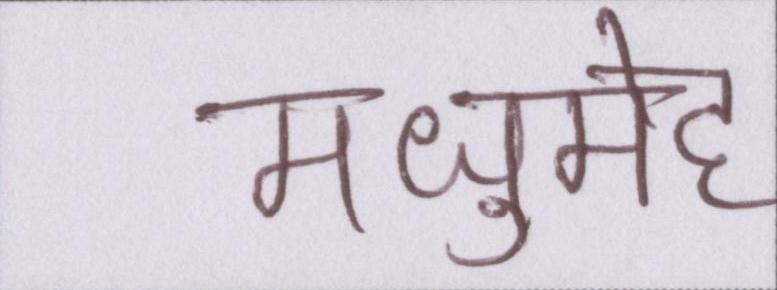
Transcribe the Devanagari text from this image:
मधुमेह